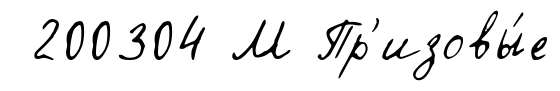
200304 М Пр'изовы́е